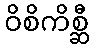
ဝိစိကိစ္ဆီ